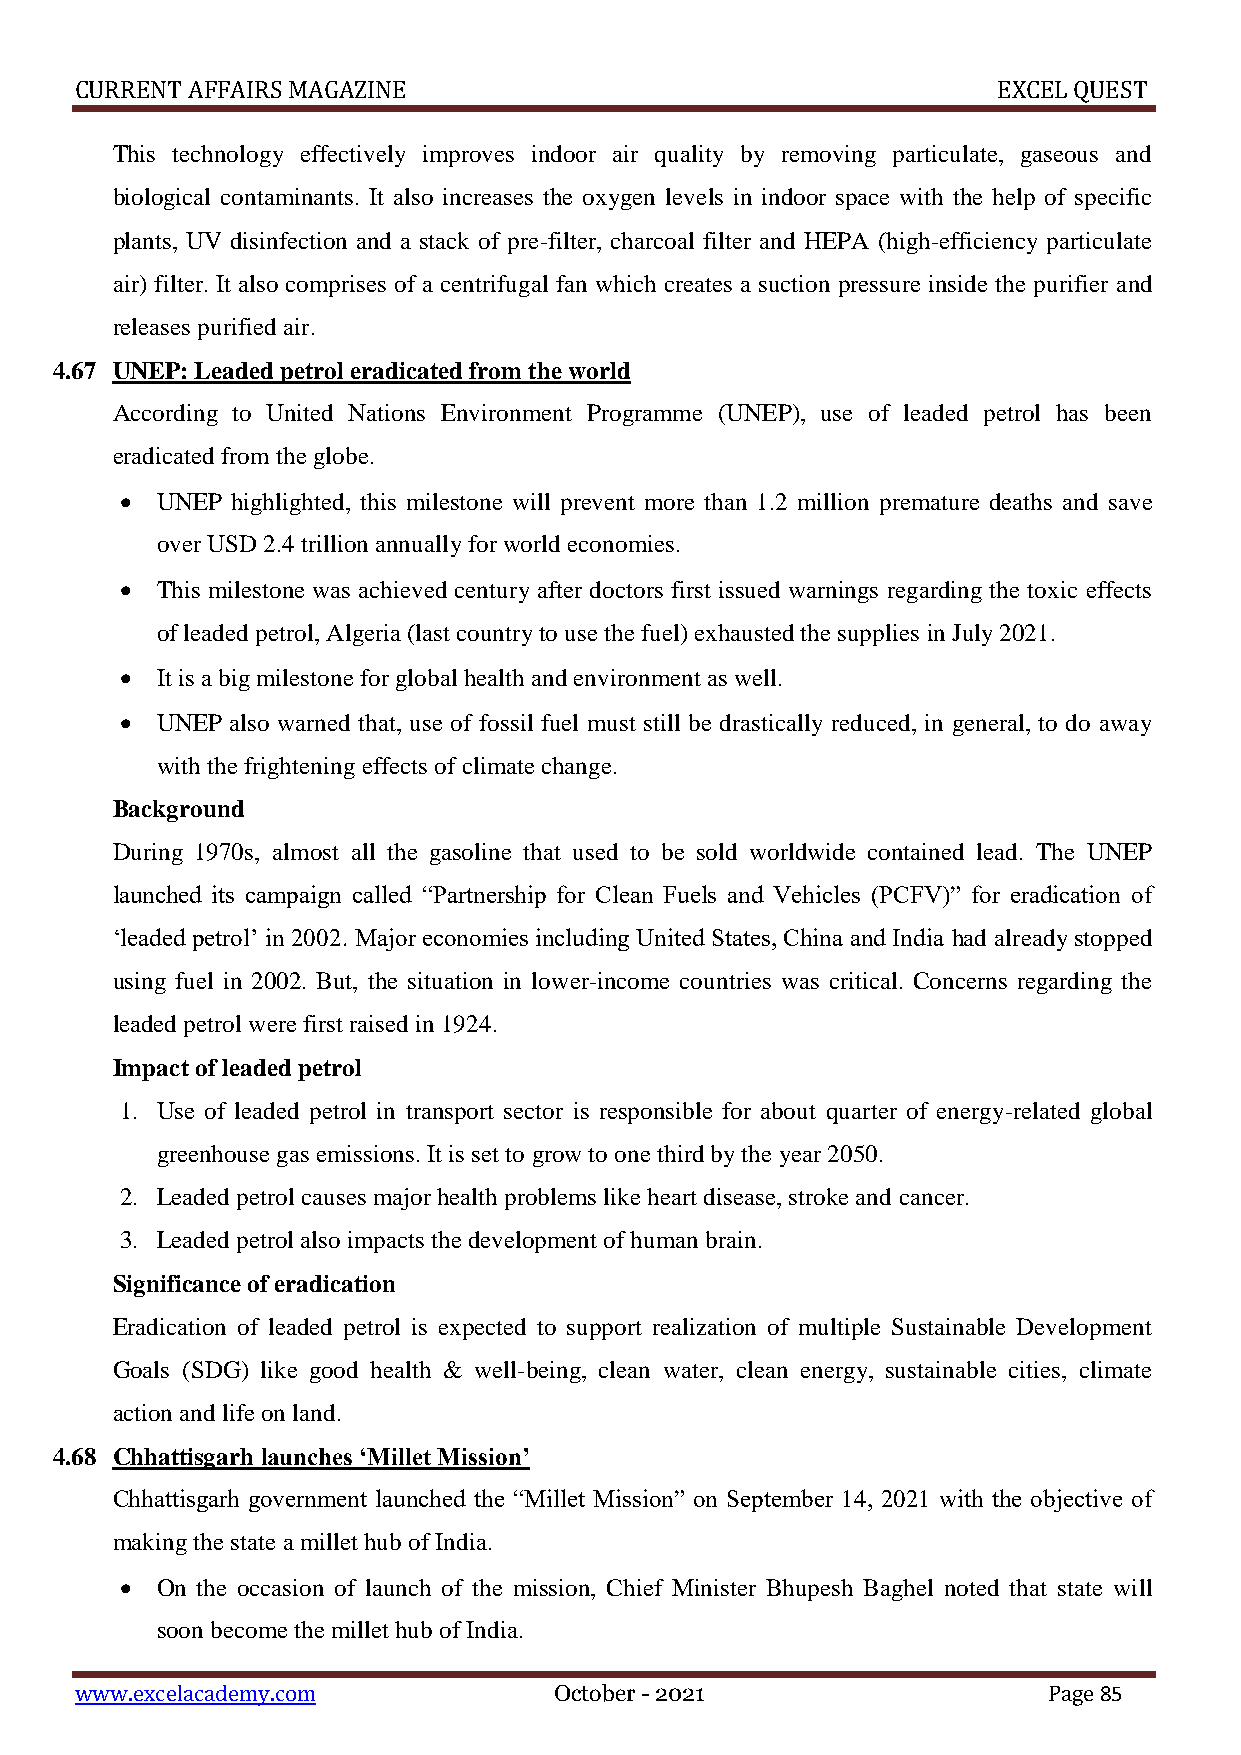
CURRENT AFFAIRS MAGAZINE                                     EXCEL QUEST
 This technology effectively improves indoor air quality by removing particulate, gaseous and
 biological contaminants. It also increases the oxygen levels in indoor space with the help of specific
 plants, UV disinfection and a stack of pre-filter, charcoal filter and HEPA (high-efficiency particulate
 air) filter. It also comprises of a centrifugal fan which creates a suction pressure inside the purifier and
 releases purified air.
 4.67 UNEP: Leaded petrol eradicated from the world
 According to United Nations Environment Programme (UNEP), use of leaded petrol has been
 eradicated from the globe.
  UNEP highlighted, this milestone will prevent more than 1.2 million premature deaths and save
 over USD 2.4 trillion annually for world economies.
  This milestone was achieved century after doctors first issued warnings regarding the toxic effects
 of leaded petrol, Algeria (last country to use the fuel) exhausted the supplies in July 2021.
  It is a big milestone for global health and environment as well.
  UNEP also warned that, use of fossil fuel must still be drastically reduced, in general, to do away
 with the frightening effects of climate change.
 Background
 During 1970s, almost all the gasoline that used to be sold worldwide contained lead. The UNEP
 launched its campaign called “Partnership for Clean Fuels and Vehicles (PCFV)” for eradication of
 ‘leaded petrol’ in 2002. Major economies including United States, China and India had already stopped
 using fuel in 2002. But, the situation in lower-income countries was critical. Concerns regarding the
 leaded petrol were first raised in 1924.
 Impact of leaded petrol
 1. Use of leaded petrol in transport sector is responsible for about quarter of energy-related global
 greenhouse gas emissions. It is set to grow to one third by the year 2050.
 2. Leaded petrol causes major health problems like heart disease, stroke and cancer.
 3. Leaded petrol also impacts the development of human brain.
 Significance of eradication
 Eradication of leaded petrol is expected to support realization of multiple Sustainable Development
 Goals (SDG) like good health & well-being, clean water, clean energy, sustainable cities, climate
 action and life on land.
 4.68 Chhattisgarh launches ‘Millet Mission’
 Chhattisgarh government launched the “Millet Mission” on September 14, 2021 with the objective of
 making the state a millet hub of India.
  On the occasion of launch of the mission, Chief Minister Bhupesh Baghel noted that state will
 soon become the millet hub of India.
 www.excelacademy.com            October - 2021                  Page 85